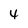
Character: 4